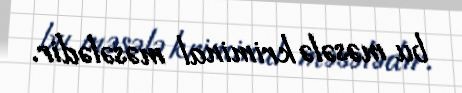
bu məsələ kriminal məsələdir.